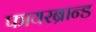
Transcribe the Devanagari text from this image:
फायरब्रान्ड